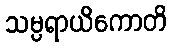
သမ္ပရာယိကောတိ